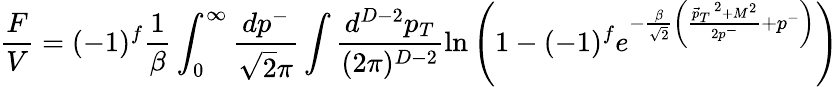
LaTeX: \frac{F}{V}=(-1)^{f}\frac{1}{\beta}\int_{0}^{\infty}\frac{dp^{-}}{\sqrt{2}\pi}\int\frac{d^{D-2}p_{T}}{(2\pi)^{D-2}}\ln\left(1-(-1)^{f}e^{-\frac{\beta}{\sqrt{2}}\left(\frac{{\vec{p}_{T}}^{~2}+M^{2}}{2p^{-}}+p^{-}\right)}\right)